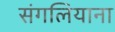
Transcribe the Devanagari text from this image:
संगलियाना